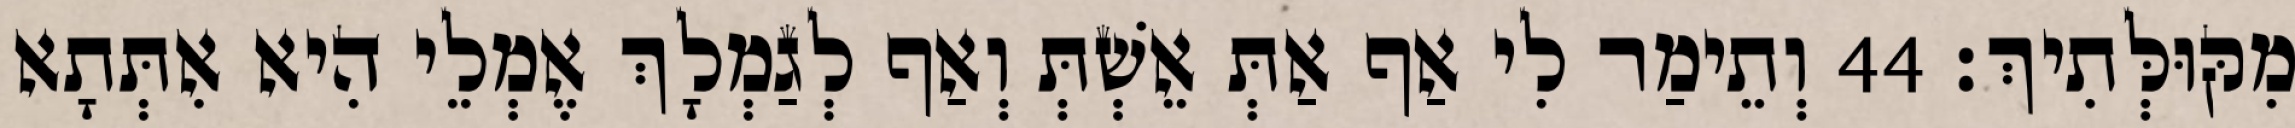
מִקּוּלְּתִיךְ׃ 44 וְתֵימַר לִי אַף אַתְּ אֵשְׁתְּ וְאַף לְגַמְלָךְ אֶמְלֵי הִיא אִתְּתָא